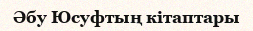
Әбу Юсуфтың кітаптары